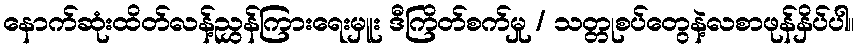
နောက်ဆုံးထိတ်လန့်ညွှန်ကြားရေးမှူး ဒီကြိတ်စက်မှု / သတ္တုစပ်တွေနဲ့လစာဖုန်နှိပ်ပါ။